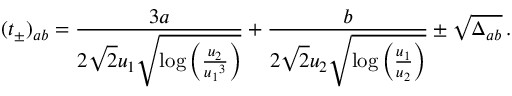
( t _ { \pm } ) _ { a b } = \frac { 3 a } { 2 \sqrt { 2 } { u _ { 1 } } \sqrt { \log \left( \frac { { u _ { 2 } } } { { u _ { 1 } } ^ { 3 } } \right) } } + \frac { b } { 2 \sqrt { 2 } { u _ { 2 } } \sqrt { \log \left( \frac { { u _ { 1 } } } { { u _ { 2 } } } \right) } } \pm \sqrt { \Delta _ { a b } } \, .